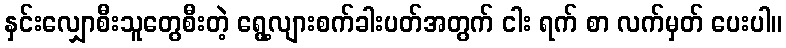
နှင်းလျှောစီးသူတွေစီးတဲ့ ရွေ့လျားစက်ခါးပတ်အတွက် ငါး ရက် စာ လက်မှတ် ပေးပါ။